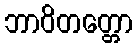
ဘာဝိတတ္တော